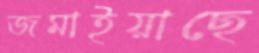
জমাইয়াছে